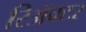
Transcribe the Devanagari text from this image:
रिॲक्टर